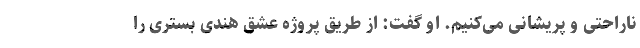
ناراحتی و پریشانی می‌کنیم. او گفت: از طریق پروژه عشق هندی بستری را